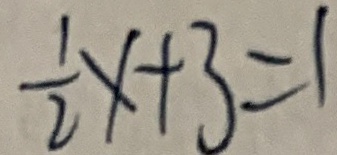
\frac { 1 } { 2 } x + 3 = 1